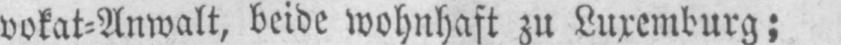
vokat⸗Anwalt, beide wohnhaft zu Luxemburg;